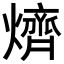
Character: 㸄